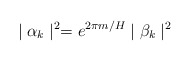
\begin{align*}\mid \alpha _k\mid ^2=e^{2\pi m/H}\mid \beta _k\mid ^2\end{align*}